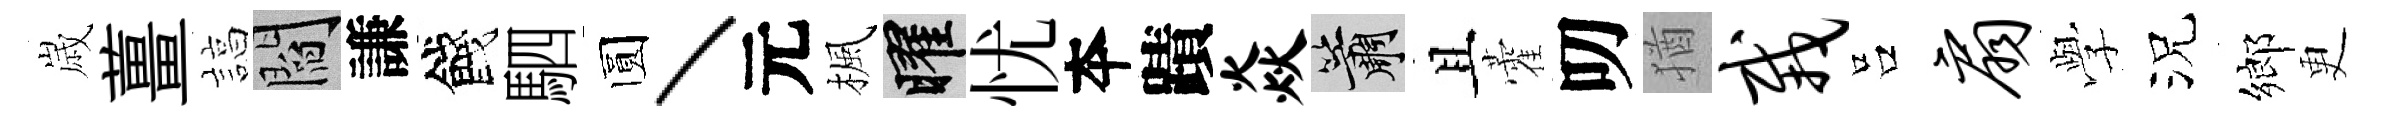
𡻕薑諄閻謙餞駟圆丶元楓曜忧夲蹟焱簫且藿叨猶栽吕扇𫝯況鄉更